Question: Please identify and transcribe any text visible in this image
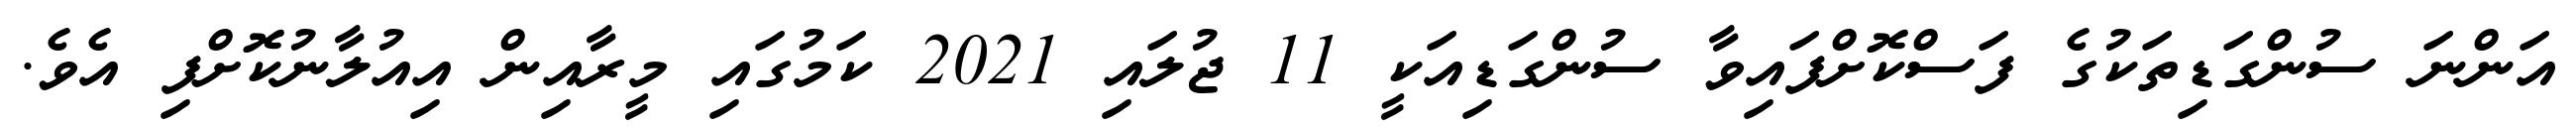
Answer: އަންނަ ސުންގަޑިތަކުގެ ފަސްކޮށްފައިވާ ސުންގަޑިއަކީ 11 ޖުލައި 2021 ކަމުގައި މީރާއިން އިއުލާނުކޮށްފި އެވެ.